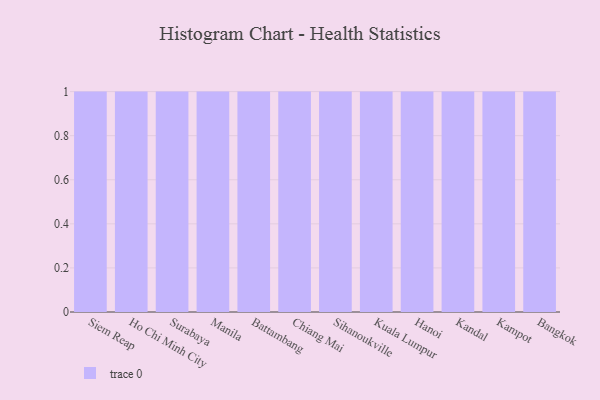
{"axis": {"x": "City", "y": "LTV (USD)"}, "legend": [""], "data": [{"x": "Siem Reap", "y": 31, "type": ""}, {"x": "Ho Chi Minh City", "y": 39, "type": ""}, {"x": "Surabaya", "y": 85, "type": ""}, {"x": "Manila", "y": 86, "type": ""}, {"x": "Battambang", "y": 79, "type": ""}, {"x": "Chiang Mai", "y": 89, "type": ""}, {"x": "Sihanoukville", "y": 79, "type": ""}, {"x": "Kuala Lumpur", "y": 42, "type": ""}, {"x": "Hanoi", "y": 53, "type": ""}, {"x": "Kandal", "y": 93, "type": ""}, {"x": "Kampot", "y": 62, "type": ""}, {"x": "Bangkok", "y": 92, "type": ""}]}